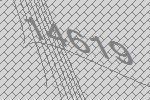
14619